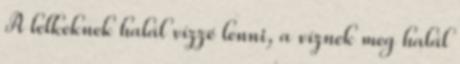
A lelkeknek halál vízzé lenni, a víznek meg halál